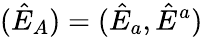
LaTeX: (\hat{E}_{A})=(\hat{E}_{a},\hat{E}^{a})